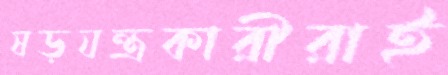
ষড়যন্ত্রকারীরাই